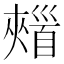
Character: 𩠣